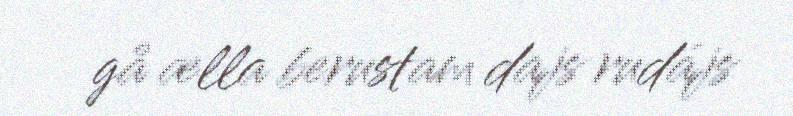
gå ælla berustam dajs rudájs